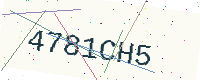
Text: 4781CH5